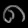
Digit: ၈